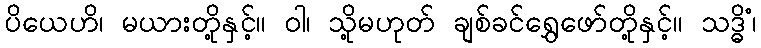
ပိယေဟိ၊ မယားတို့နှင့်။ ဝါ၊ သို့မဟုတ် ချစ်ခင်ရွှေဖော်တို့နှင့်။ သဒ္ဓိံ၊